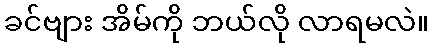
ခင်ဗျား အိမ်ကို ဘယ်လို လာရမလဲ။